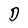
Character: D